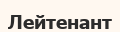
Лейтенант